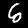
Digit: 6